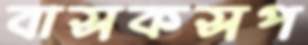
বাসকসপ